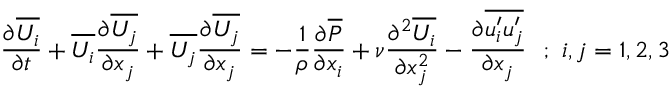
{ \frac { \partial \overline { { U _ { i } } } } { \partial t } } + \overline { { U _ { i } } } { \frac { \partial \overline { { U _ { j } } } } { \partial x _ { j } } } + \overline { { U _ { j } } } { \frac { \partial \overline { { U _ { j } } } } { \partial x _ { j } } } = - { \frac { 1 } { \rho } } { \frac { \partial \overline { { P } } } { \partial x _ { i } } } + \nu { \frac { \partial ^ { 2 } \overline { { U _ { i } } } } { \partial x _ { j } ^ { 2 } } } - { \frac { \partial \overline { { u _ { i } ^ { \prime } u _ { j } ^ { \prime } } } } { \partial x _ { j } } } ~ ~ ; ~ i , j = 1 , 2 , 3